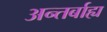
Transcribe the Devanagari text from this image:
अन्तर्बाह्य